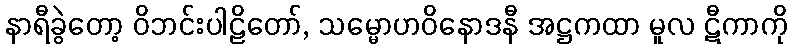
နာရီခွဲတော့ ဝိဘင်းပါဠိတော်, သမ္မောဟဝိနောဒနီ အဋ္ဌကထာ မူလ ဋီကာကို